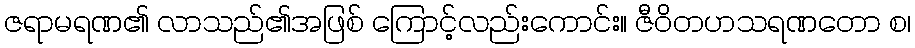
ဇရာမရဏ၏ လာသည်၏အဖြစ် ကြောင့်လည်းကောင်း။ ဇီဝိတဟသရဏတော စ၊